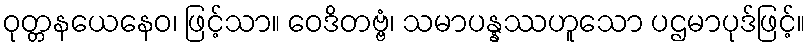
ဝုတ္တနယေနေဝ၊ ဖြင့်သာ။ ဝေဒိတဗ္ဗံ၊ သမာပန္နဿဟူသော ပဌမာပုဒ်ဖြင့်။